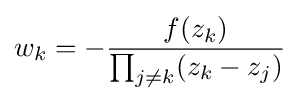
w_{k}=-{\frac {f(z_{k})}{\prod _{j\neq k}(z_{k}-z_{j})}}